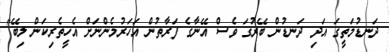
ދަނޑުމަތީގަ އަދި ދަނޑުން ބޭރުގަ ވެސް އޭނާގެ ފަރާތުން އަހަރުމެންނަށް އެހީތެރިކަން ލިބޭ"